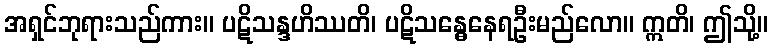
အရှင်ဘုရားသည်ကား။ ပဋိသန္ဒဟိဿတိ၊ ပဋိသန္ဓေနေရဦးမည်လော။ ဣတိ၊ ဤသို့။